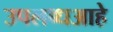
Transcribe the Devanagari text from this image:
उपलब्धआहे